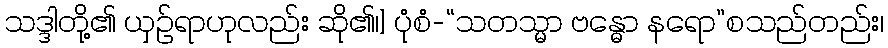
သဒ္ဒါတို့၏ ယှဉ်ရာဟုလည်း ဆို၏၊] ပုံစံ-“သတသ္မာ ဗန္ဓော နရော”စသည်တည်း၊